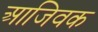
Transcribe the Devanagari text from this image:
आजिवक